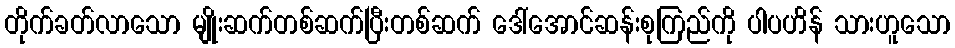
တိုက်ခတ်လာသော မျိုးဆက်တစ်ဆက်ပြီးတစ်ဆက် ဒေါ်အောင်ဆန်းစုကြည်ကို ပါပဟိန် သားဟူသော